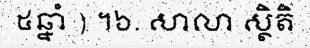
៥ឆ្នាំ ) ។៦. សាលា ស្ថិតិ